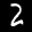
Label: 2